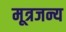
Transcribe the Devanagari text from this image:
मूत्रजन्य